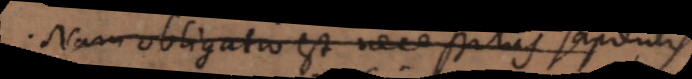
Nam obligatio est necessitas sapientis